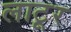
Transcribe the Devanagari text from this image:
लाटूर